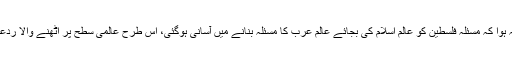
عرب ازم کا سب سے بڑا فائدہ اسرائیل کو یہ ہوا کہ مسئلہ فلسطین کو عالم اسلام کی بجائے عالم عرب کا مسئلہ بنانے میں آسانی ہوگئی، اس طرح عالمی سطح پر اٹھنے والا ردعمل علاقائی سطح تک محدود کیا جاسکتا تھا۔